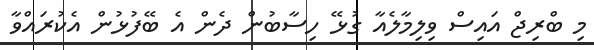
މި ބްރިޖް އައިސް ވިލިމާލެއާ ގުޅޭ ހިސާބުން ދެން އެ ބޭފުޅުން އެކުރައްވާ